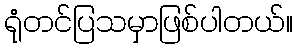
ရုံတင်ပြသမှာဖြစ်ပါတယ်။